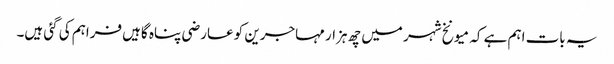
یہ بات اہم ہے کہ میونخ شہر میں چھ ہزار مہاجرین کو عارضی پناہ گاہیں فراہم کی گئی ہیں۔